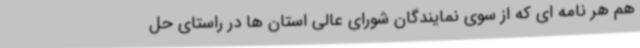
هم هر نامه ای که از سوی نمایندگان شورای عالی استان ها در راستای حل